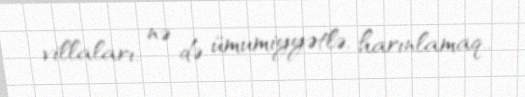
villaları, nə də ümumiyyətlə, harınlamaq..